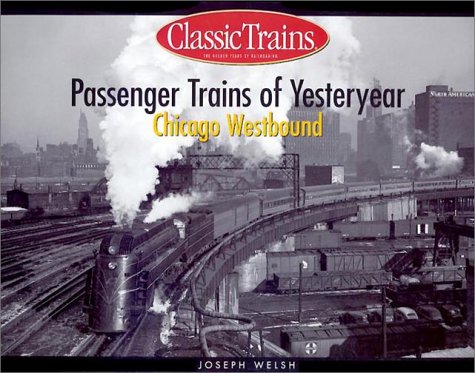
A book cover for Passenger Trains of Yesteryear: Chicago Westbound (Golden Years of Railroading); Joseph Welsh; Travel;